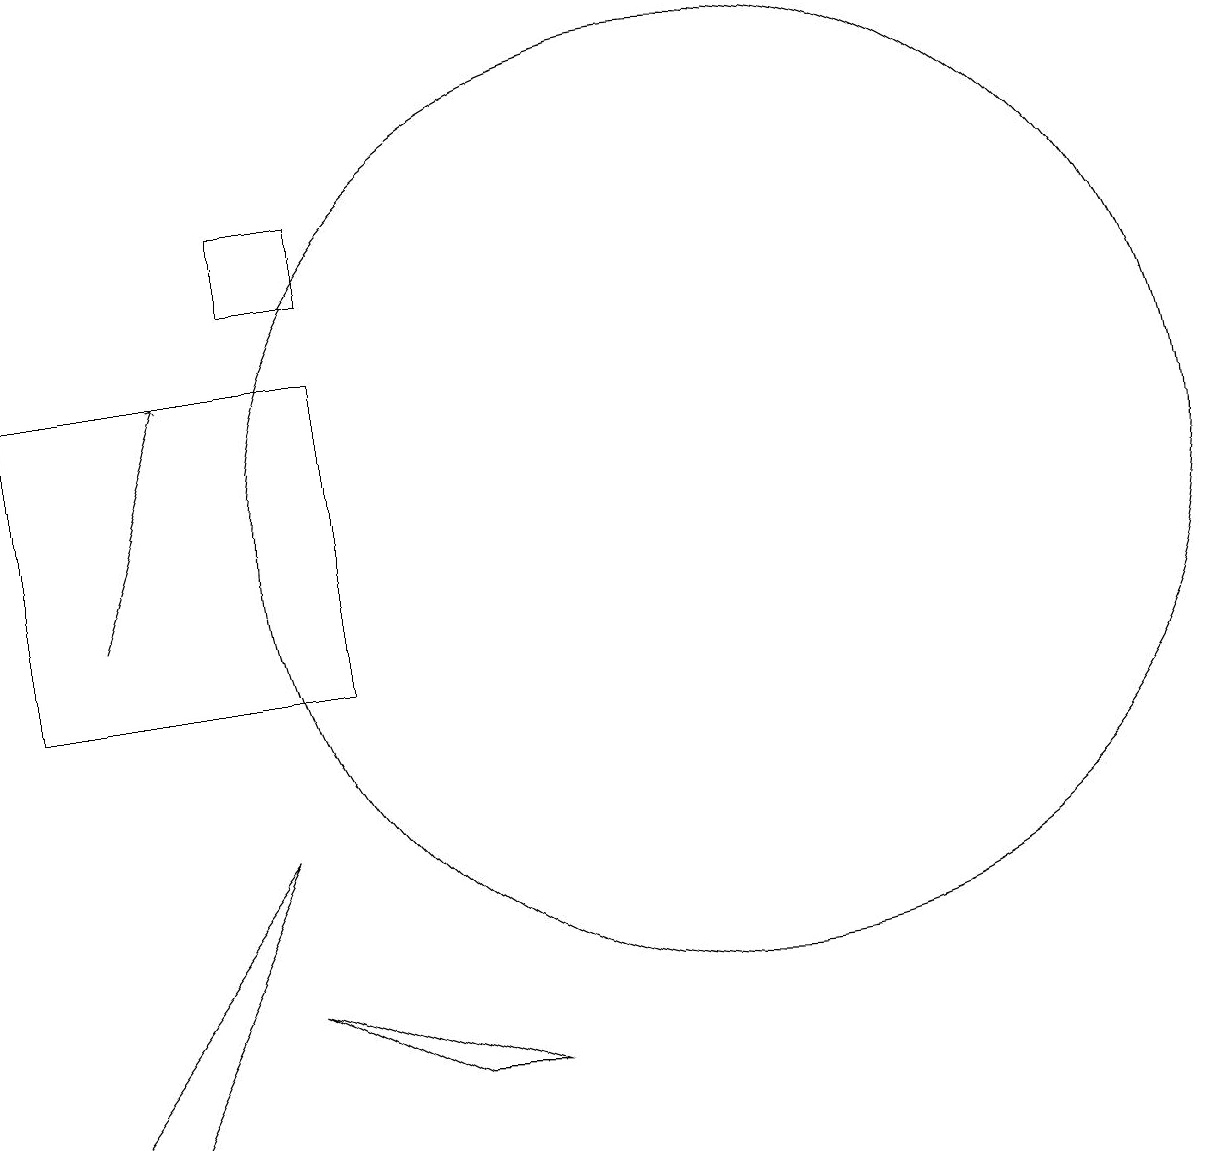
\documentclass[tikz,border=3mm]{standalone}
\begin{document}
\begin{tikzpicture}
\draw (4,6) -- (7,5) -- (6,5) -- cycle;
\draw (1,10) rectangle (5,14);
\draw (5,15) rectangle (4,16);
\draw[->] (2,11) -- (3,14);
\draw (10,12) circle (6);
\draw (1,4) -- (4,8) -- (2,4) -- cycle;
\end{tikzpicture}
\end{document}